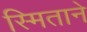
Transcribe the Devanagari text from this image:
स्मिताने